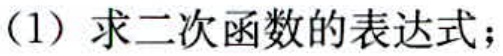
(1) 求二次函数的表达式；